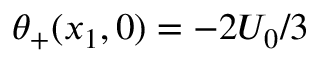
\theta _ { + } ( x _ { 1 } , 0 ) = - 2 U _ { 0 } / 3